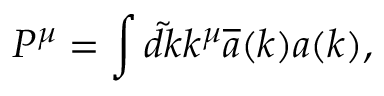
P ^ { \mu } = \int \tilde { d k } k ^ { \mu } \overline { { { a } } } ( k ) a ( k ) ,